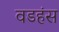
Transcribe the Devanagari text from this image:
वडहंस